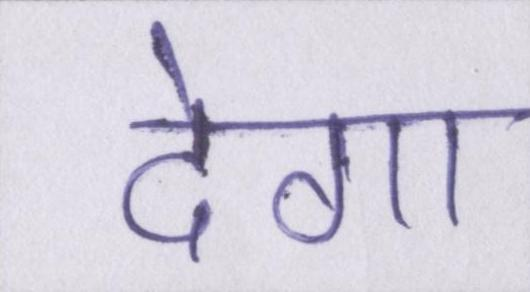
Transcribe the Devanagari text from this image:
देगा